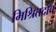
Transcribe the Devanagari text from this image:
मिश्रितदाब